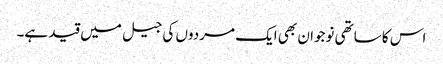
اس کا ساتھی نوجوان بھی ایک مردوں کی جیل میں قید ہے۔